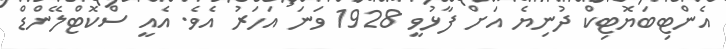
އެންޓިބަޔޮޓިކް ދުނިޔެ އަށް ފާޅުވީ 1928 ވަނަ އަހަރު އެވެ. އެއީ ސްކޮޓްލޭންޑް